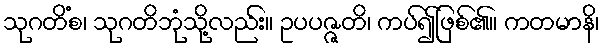
သုဂတိံစ၊ သုဂတိဘုံသို့လည်း။ ဥပပဇ္ဇတိ၊ ကပ်၍ဖြစ်၏။ ကတမာနိ၊